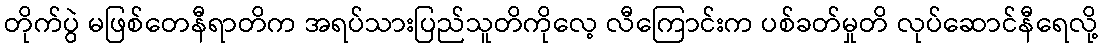
တိုက်ပွဲ မဖြစ်တေနီရာတိက အရပ်သားပြည်သူတိကိုလေ့ လီကြောင်းက ပစ်ခတ်မှုတိ လုပ်ဆောင်နီရေလို့